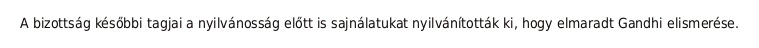
A bizottság későbbi tagjai a nyilvánosság előtt is sajnálatukat nyilvánították ki, hogy elmaradt Gandhi elismerése.